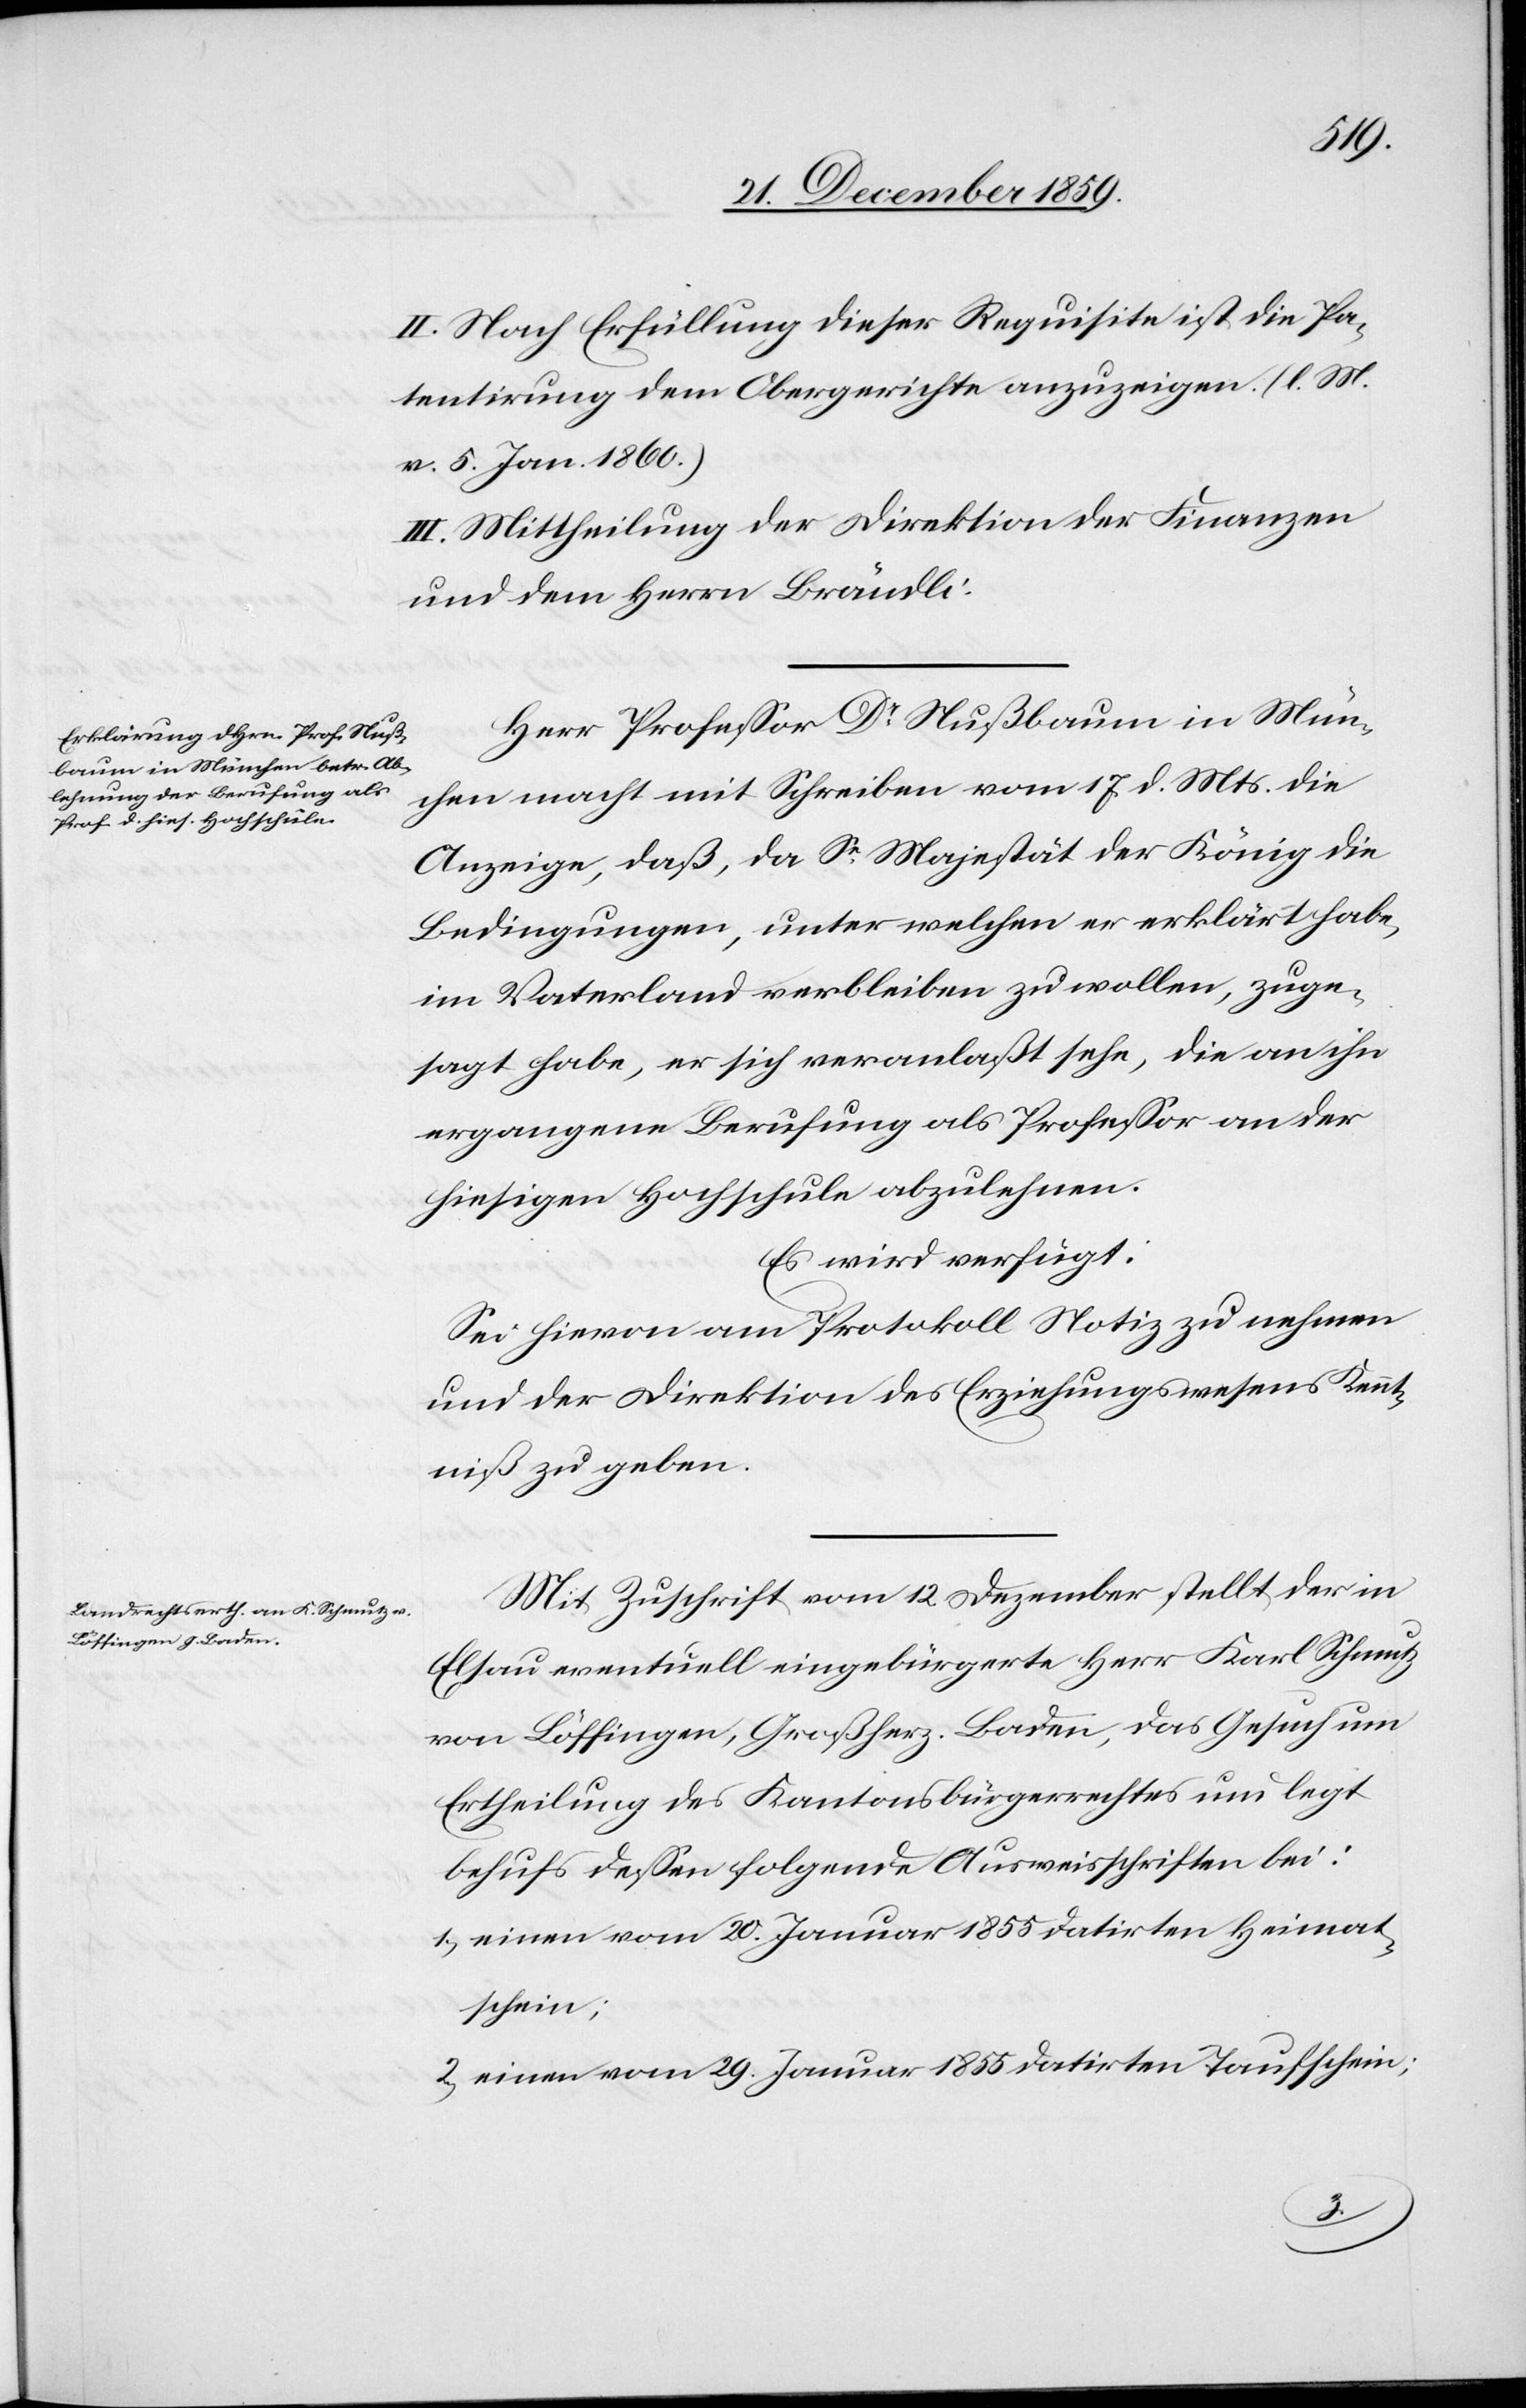
II. Nach Erfüllung dieser Requisite ist die Pa¬
tentirung dem Obergerichte anzuzeigen. (l. M.
v. 5. Jan. 1860.)
III. Mittheilung der Direktion der Finanzen
und dem Herrn Brändli.
Herr Professor Dr Nußbaum in Mün¬
chen macht mit Schreiben vom 17. d. Mts. die
Anzeige, daß, da Se Majestät der König die
Bedingungen, unter welchen er erklärt habe,
im Vaterland verbleiben zu wollen, zuge¬
sagt habe, er sich veranlaßt sehe, die an ihn
ergangene Berufung als Professor an der
hiesigen Hochschule abzulehnen.
Es wird verfügt:
Sei hievon am Protokoll Notiz zu nehmen
und der Direktion des Erziehungswesens Kennt¬
niß zu geben.
Mit Zuschrift vom 12. Dezember stellt der in
Elsau eventuell eingebürgerte Herr Karl Schmutz
von Löffingen, Großherz. Baden, das Gesuch um
Ertheilung des Kantonsbürgerrechtes und legt
behufs dessen folgende Ausweisschriften bei:
1.) einen vom 20. Januar 1855 datirten Heimat¬
schein;
2.) einen vom 29. Januar 1855 datirten Taufschein;